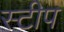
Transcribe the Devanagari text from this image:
स्टीप